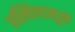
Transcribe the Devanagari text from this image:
अस्थिपासून